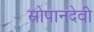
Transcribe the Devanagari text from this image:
सोपानदेवी